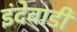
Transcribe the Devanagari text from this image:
इंदेवाडी